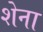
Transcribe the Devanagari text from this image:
शेना